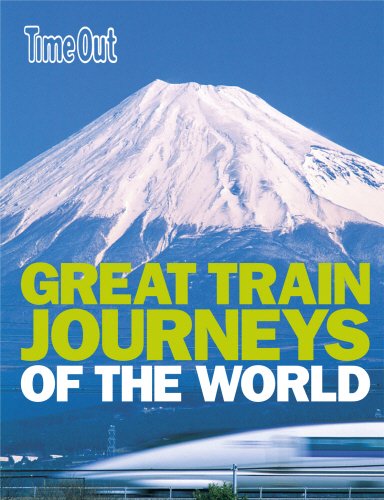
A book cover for Time Out Great Train Journeys of the World (Time Out Guides); Travel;